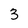
Character: 3